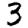
Digit: 3